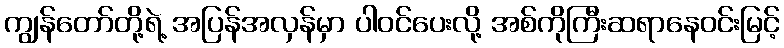
ကျွန်တော်တို့ရဲ့ အပြန်အလှန်မှာ ပါဝင်ပေးလို့ အစ်ကိုကြီးဆရာနေဝင်းမြင့်